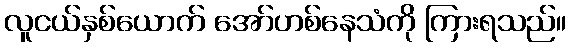
လူငယ်နှစ်ယောက် အော်ဟစ်နေသံကို ကြားရသည်။